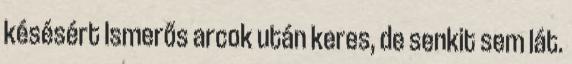
késésért Ismerős arcok után keres, de senkit sem lát.